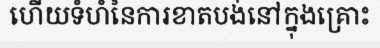
ហើយទំហំនៃការខាតបង់នៅក្នុងគ្រោះ